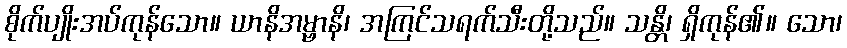
စိုက်ပျိုးအပ်ကုန်သော။ ယာနိအမ္ဗာနိ၊ အကြင်သရက်သီးတို့သည်။ သန္တိ၊ ရှိကုန်၏။ သော၊